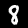
Label: 8